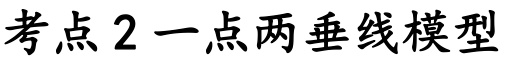
考点 2 一点两垂线模型